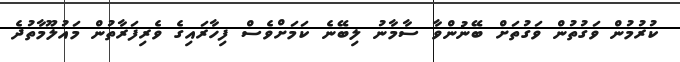
ކުރުމުން ވަގުތުން ވަގުތަށް ބޭނުންވާ ސާމާނު ލިބޭނެ ކަމަށްވެސް ފިހާރައިގެ ވެރިފަރާތުން މައުލޫމާތުދެ